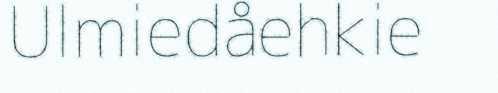
Ulmiedåehkie